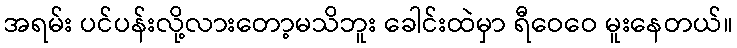
အရမ်း ပင်ပန်းလို့လားတော့မသိဘူး ခေါင်းထဲမှာ ရီဝေဝေ မူးနေတယ်။